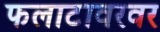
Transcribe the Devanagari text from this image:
फलाटावरवर